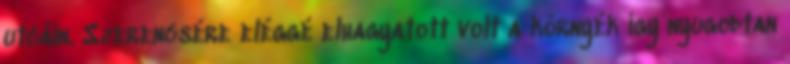
utcáin. Szerencsére eléggé elhagyatott volt a környék így nyugodtan